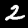
Label: 2